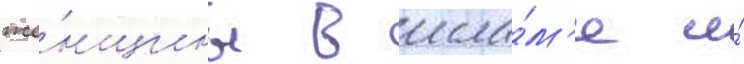
же́нщины в исла́м'е и́